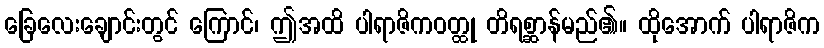
ခြေလေးချောင်းတွင် ကြောင်၊ ဤအထိ ပါရာဇိကဝတ္ထု တိရစ္ဆာန်မည်၏။ ထိုအောက် ပါရာဇိက